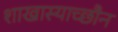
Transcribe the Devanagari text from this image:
शाखास्याच्छौन